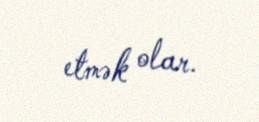
etmək olar.